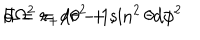
LaTeX: F = r _ { + } / r - 1 , \hspace { 1 c m } d \Omega ^ { 2 } = d \theta ^ { 2 } + \sin ^ { 2 } \theta d \phi ^ { 2 }